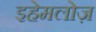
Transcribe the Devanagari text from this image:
इहेमलोज़